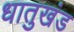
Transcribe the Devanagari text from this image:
धातुखंड